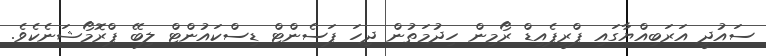
ސައުދީ އަރަބިއްޔާގައި ޕްރީޕެއިޑް ރޯމިން ހިދުމަތުން ދިހަ ޕަސެންޓް ޑިސްކައުންޓް ލިބޭ ޕްރޮމޯޝަނެކެވެ.